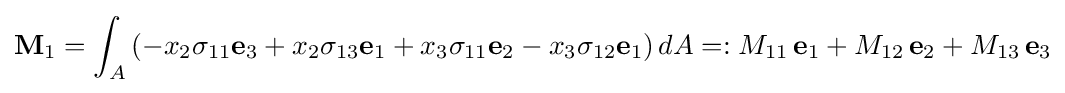
\mathbf {M} _{1}=\int _{A}\left(-x_{2}\sigma _{11}\mathbf {e} _{3}+x_{2}\sigma _{13}\mathbf {e} _{1}+x_{3}\sigma _{11}\mathbf {e} _{2}-x_{3}\sigma _{12}\mathbf {e} _{1}\right)dA=:M_{11}\,\mathbf {e} _{1}+M_{12}\,\mathbf {e} _{2}+M_{13}\,\mathbf {e} _{3}